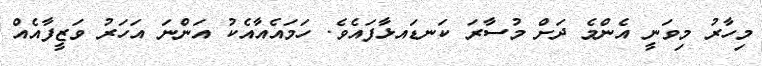
މިހާރު މިވަނީ އެންމެ ދަށް މުސާރަ ކަނޑައޅާފައެވެ. ހަމައެއާއެކު އަންނަ އަހަރު ވަޒީފާއެއް